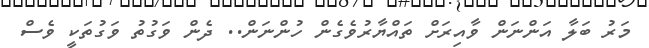
މަރު ބަލާ އަންނަން ވާއިރަށް ތައްޔާރުވެގެން ހުންނަން.. ދެން ވަގުތު ވަގުތަކީ ވެސް